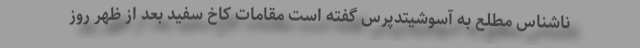
ناشناس مطلع به آسوشیتدپرس گفته است مقامات کاخ سفید بعد ‌از ظهر روز